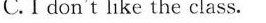
C.I don't like the class.